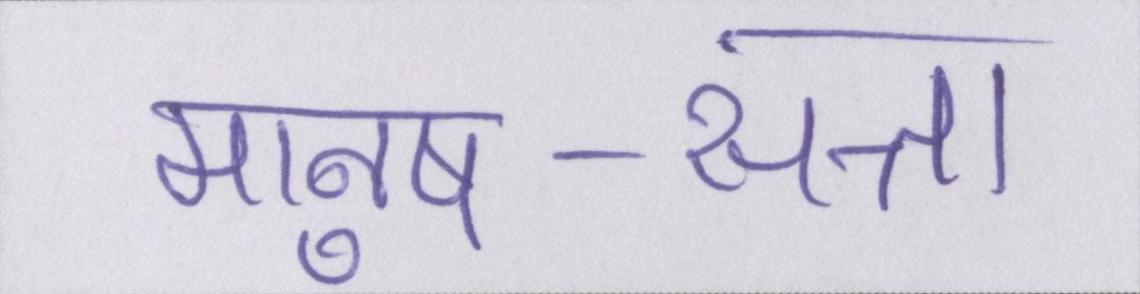
मानुष-सत्ता